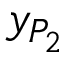
y _ { P _ { 2 } }